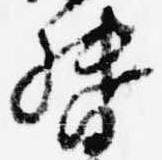
督